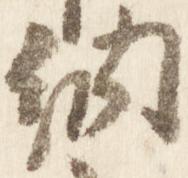
納